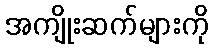
အကျိုးဆက်များကို